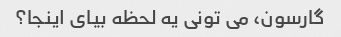
گارسون، می تونی یه لحظه بیای اینجا؟